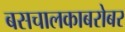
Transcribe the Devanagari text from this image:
बसचालकाबरोबर